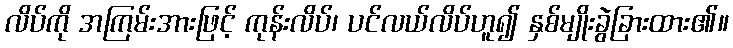
လိပ်ကို အကြမ်းအားဖြင့် ကုန်းလိပ်၊ ပင်လယ်လိပ်ဟူ၍ နှစ်မျိုးခွဲခြားထား၏။